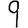
Digit: 9